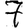
Digit: 7